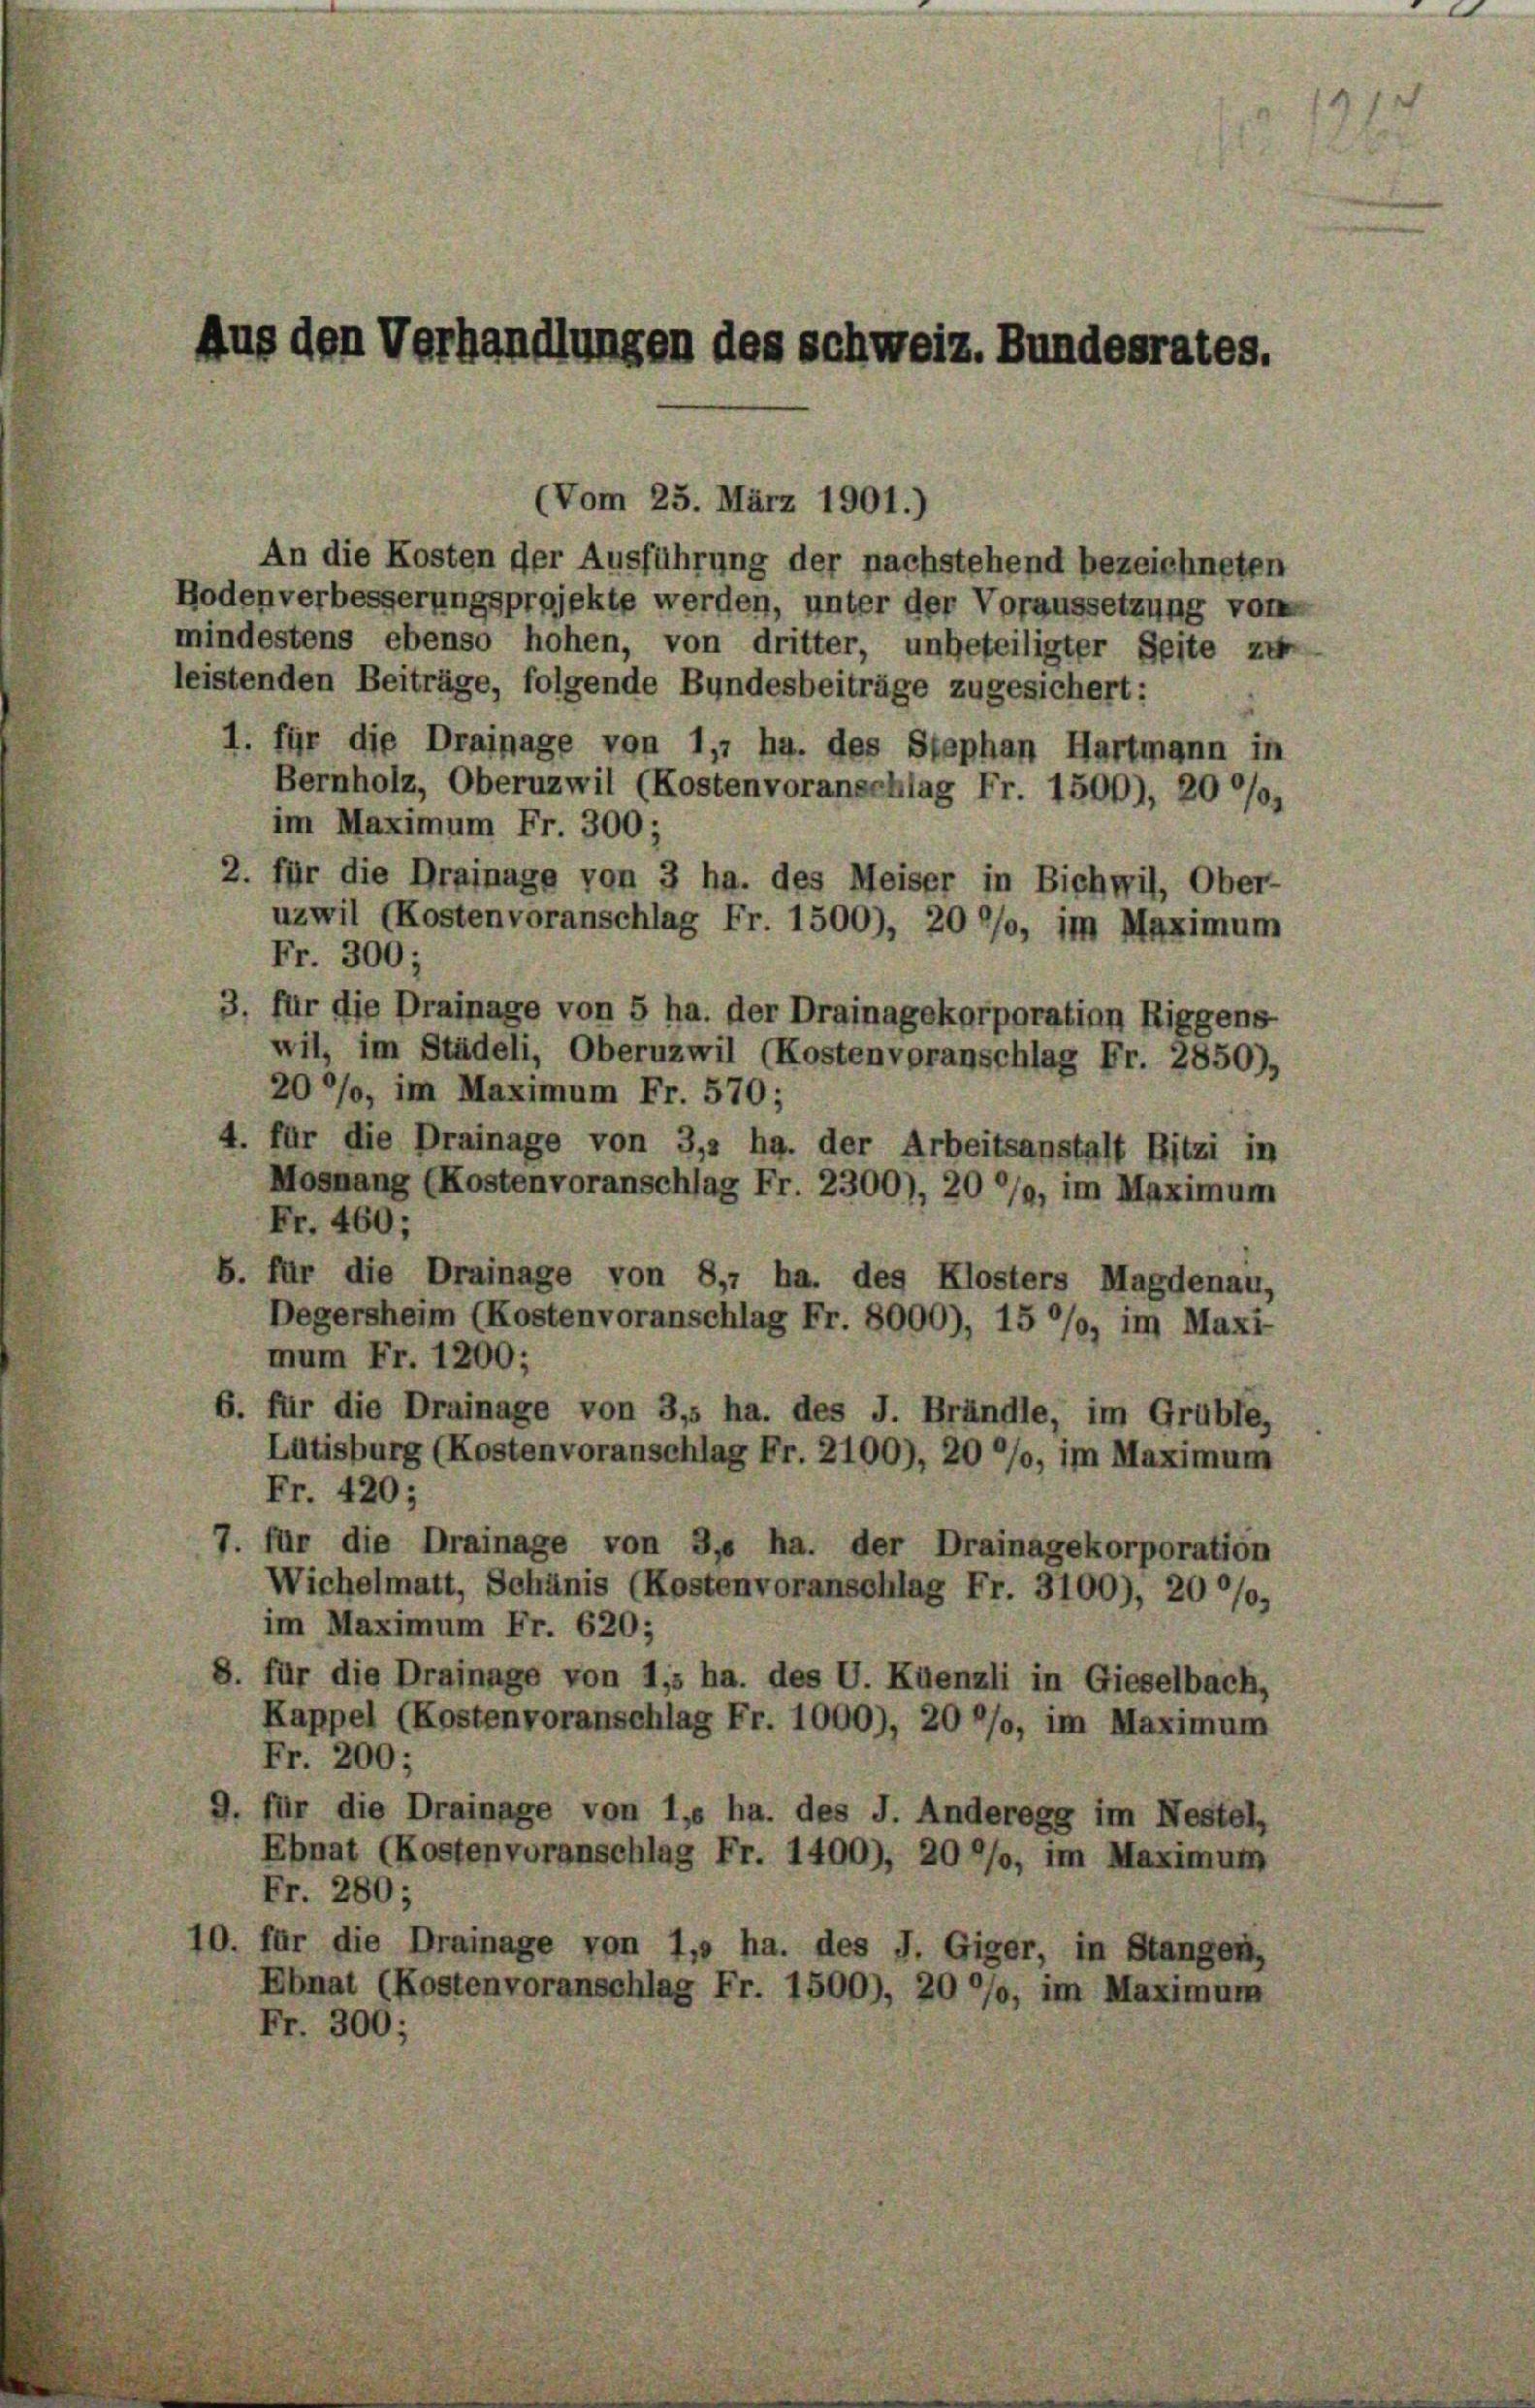
Aus den Verhandlungen des Schweiz. Bundesrates.

An die Kosten der Ausführung der nachstehend bezeichneten
Bodenverbesserungsprojekte werden, unter der Voraussetzung von
mindestens ebenso hohen, von dritter, unbeteiligter Seite zu
leistenden Beiträge, folgende Bundesbeiträge zugesichert:
1. für die Drainage von 1,7 ha. des Stephan Hartmann in
Bernholz, Oberuzwil (Kostenvoranschlag Fr. 1500), 20 %,
im Maximum Fr. 300;
2. für die Drainage von 3 ha. des Meiser in Bichwil, Ober-
uzwil (Kostenvoranschlag Fr. 1500), 20 °/o, im Maximum
Fr. 300;
3. für die Drainage von 5 ha. der Drainagekorporation Riggens
wil, im Städeli, Oberuzwil (Kostenvoranschlag Fr. 2850),
20%%, im Maximum Fr. 570;
4. für die Drainage von 3,3 ha. der Arbeitsanstalt Ritzi in
Mosnang (Kostenvoranschlag Fr. 2300), 20 %%, im Maximum
Fr. 460;
b. für die Drainage von 8,7 ha. des Klosters Magdenau,
Degersheim (Kostenvoranschlag Fr. 8000), 15 °/o, im Maxi
mum Fr. 1200;
6. für die Drainage von 3,5 ha. des J. Brändle, im Grüble,
Lutisburg (Kostenvoranschlag Fr. 2100), 20 °/o, im Maximum
Fr. 420;
7. für die Drainage von 3, ha. der Drainagekorporation
Wichelmatt, Schänis (Kostenvoranschlag Fr. 3100), 20 °/o,
im Maximum Fr. 620;
8. für die Drainage von 1,5 ha. des U. Küenzli in Gieselbach,
Kappel (Kostenvoranschlag Fr. 1000), 20 °/o, im Maximum
Fr. 200;
für die Drainage von 1,6 ha. des J. Anderegg im Nestel,
Ebnat (Kostenvoranschlag Fr. 1400), 20 °/o, im Maximum
Fr. 280;
10. für die Drainage von 1, ha. des J. Giger, in Stangen,
Ebnat (Kostenvoranschlag Fr. 1500), 20 °/o, im Maximum
Fr. 300;

(Vom 25. März 1901.)